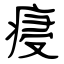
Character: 㾛